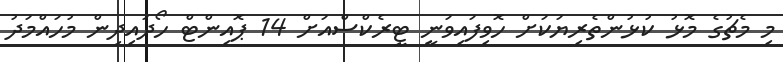
މި މެޗުގެ މޮޅު ކުޅުންތެރިޔަކަށް ހޮވިފައިވަނީ ޓީރެކްސްއަށް 14 ޕޮއިންޓް ހޯދައިދިން މުހައްމަދު